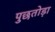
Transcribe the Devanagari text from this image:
पुछतोड़ा